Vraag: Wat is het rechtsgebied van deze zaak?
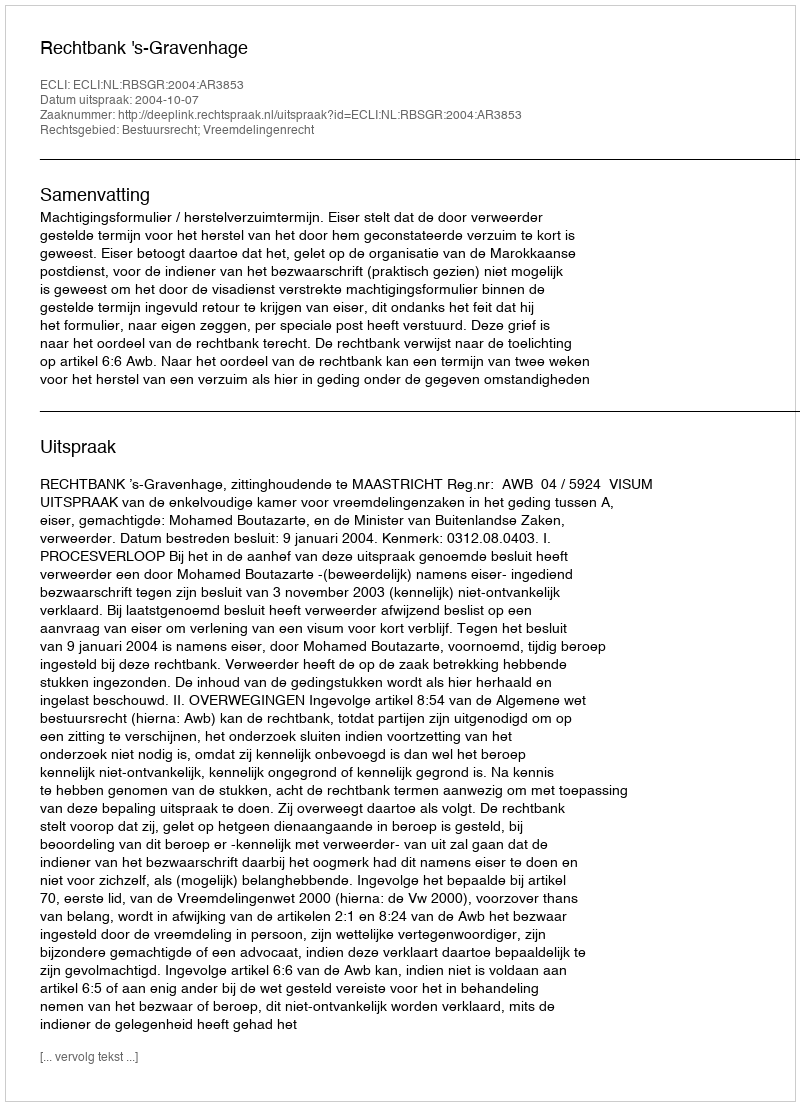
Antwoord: Bestuursrecht; Vreemdelingenrecht